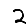
Digit: 2